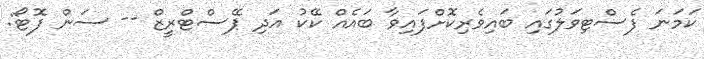
ކަމަނަ ފެސްޓިވަލުގައި ބައިވެރިކޮށްފައިވާ ބައެއް ކޭކު އަދި ޕޭސްޓްރީޒް -- ސަން ފޮޓޯ: